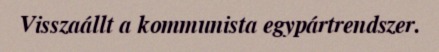
Visszaállt a kommunista egypártrendszer.